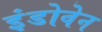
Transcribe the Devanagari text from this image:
इंडोवेन